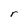
Character: r